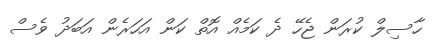
ހާސިލް ކުރަން ޖެހޭ ދެ ކަމެއް އޮތް ކަން އަހަރެން އަބަދު ވެސް